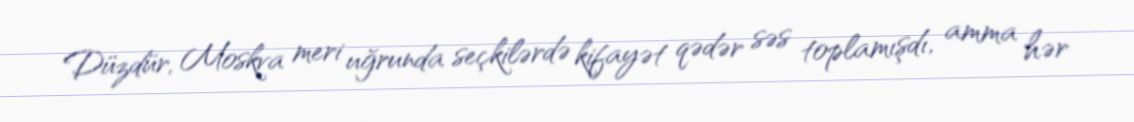
Düzdür, Moskva meri uğrunda seçkilərdə kifayət qədər səs toplamışdı, amma hər